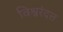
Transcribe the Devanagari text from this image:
विश्वरंदत्त